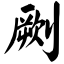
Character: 劂